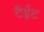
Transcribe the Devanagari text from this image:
टैईट